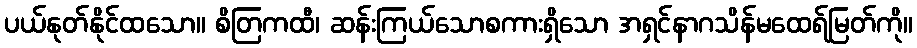
ပယ်နုတ်နိုင်ထသော။ စိတြကထီ၊ ဆန်းကြယ်သောစကားရှိသော အရှင်နာဂသိန်မထေရ်မြတ်ကို။